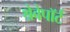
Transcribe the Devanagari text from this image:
श्रेवेपाॅर्ट